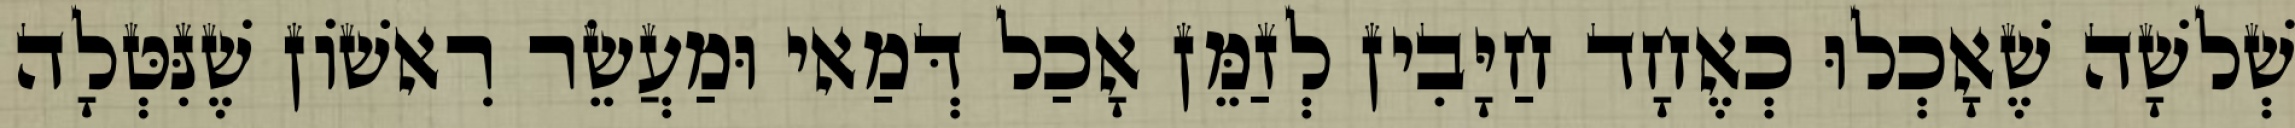
שְׁלשָׁה שֶׁאָכְלוּ כְאֶחָד חַיָּבִין לְזַמֵּן אָכַל דְּמַאי וּמַעֲשֵׂר רִאשׁוֹן שֶׁנִּטְּלָה